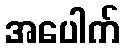
အပေါက်